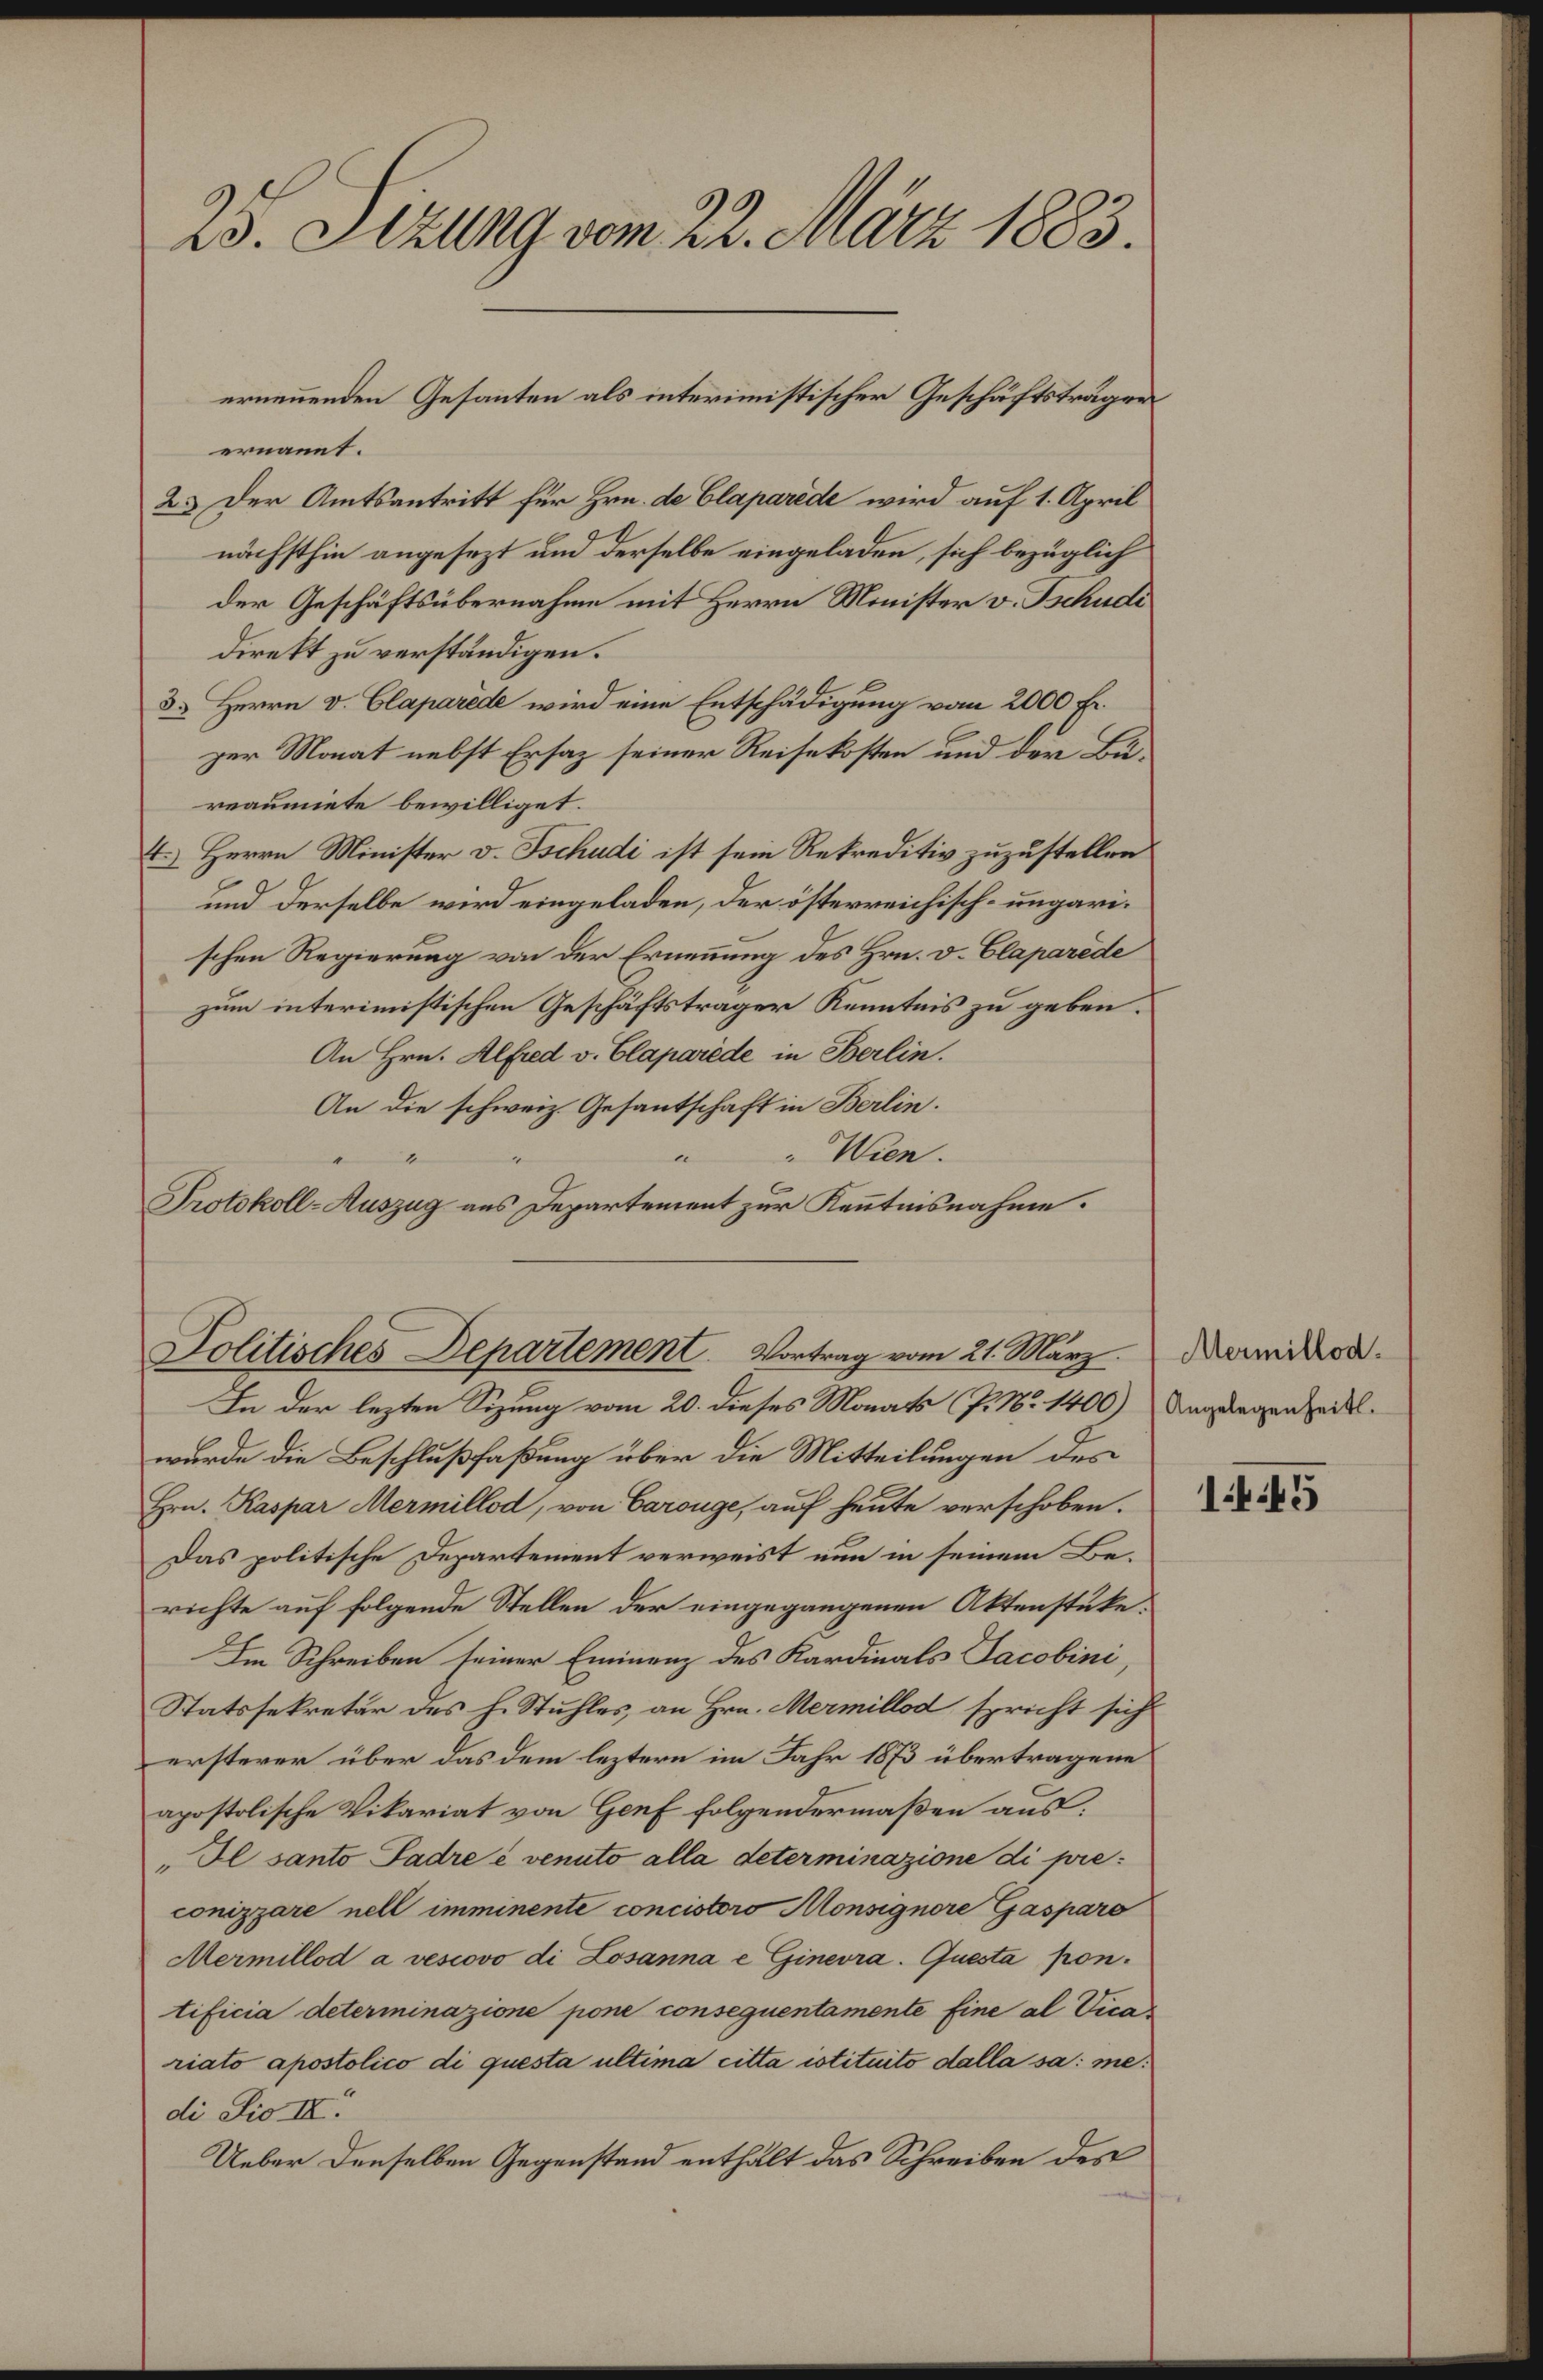
25. Sizung vom 22. März 1883.

ernannt.
2. Der Amtsantritt für Hrn. de Claparede wird auf 1. April
nächsthin angesezt und derselbe eingeladen, sich bezüglich
der Geschäftsübernahme mit Herrn Minister v. Tschudi
direkt zu verständigen.
3. Herrn v. Claparede wird eine Entschädigung vom 2000 Fr.
zer Monat nebst Ersaz seiner Reisekosten und der Bureaumiete bewilliget.
4. Herrn Minister v. Tschudi ist sein Rekreditiv zuzustellen
und derselbe wird eingeladen, der österreichisch-ungarischen Regierung von der Ernennung des Hrn. D. Claparede
zum interimistischen Geschäftsträger Kenntnis zu geben.
An Hrn. Alfred v. Claparede in Berlin.
An die schweiz. Gesantschaft in Berlin.
Wien.
e
1
Protokoll-Auszug aus Departement zur Kenntnisnahme.

ernennenden Gesanten als interimistischer Geschäftsträgen

Politisches Departement. Vortrag vom 21. März.

In der lezten Sizung vom 20. dieses Monats (P. Nr. 1400) Angelegenheitswurde die Beschlußfaßung über die Mitteilungen des
Hrn. Kaspar Mermillod, von Carouge, auf heute verschoben.
Das politische Departement verweist nun in seinem Berichte auf folgende Stellen der eingegangenen Aktenstüke.
Im Schreiben seiner Eminenz des Kardinals Jacobini,
Statssekretär des H. Stuhles, an Hrn. Mermillod spricht sich
ersterer über das dem leztern im Jahr 1873 übertragene
apostolische Vikariat von Genf folgendermaßen aus,
„Il santo Padre à venuto alla determinazione di preconizzare nell imminente concistoro Monsignore Gasparo
Mermillod a vescovo di Losanna e Ginevra. Questa pontificia determinazione pone consequentamente Eine al Vica
riato apostolico di questa ultima citta istituito dalla sa: medi Fio II.
Ueber denselben Gegenstand enthält das Schreiben des

Mermillod.

1.45